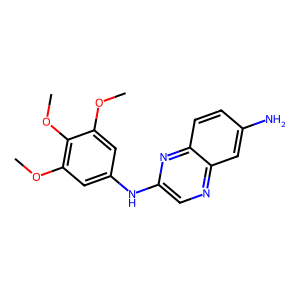
SMILES: COc1cc(Nc2cnc3cc(N)ccc3n2)cc(OC)c1OC
Inhibits HIV replication: No